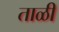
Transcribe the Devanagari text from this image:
ताळी